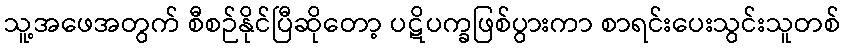
သူ့အဖေအတွက် စီစဉ်နိုင်ပြီဆိုတော့ ပဋိပက္ခဖြစ်ပွားကာ စာရင်းပေးသွင်းသူတစ်